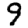
Digit: 9